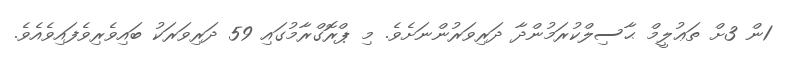
1ން 3ށް ތަޢުލީމް ޙާސިލްކުރަމުންދާ ދަރިވަރުންނަށެވެ. މި ޕްރޮގްރާމުގައި 59 ދަރިވަރަކު ބައިވެރިވެފައިވެއެވެ.